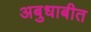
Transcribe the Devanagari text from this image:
अबुधाबीत